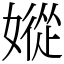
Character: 㜡